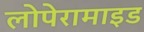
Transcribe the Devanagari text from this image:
लोपेरामाइड